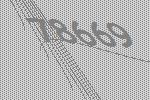
78669